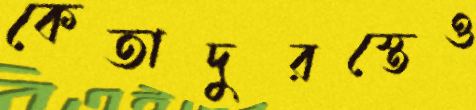
কেতাদুরস্তেও